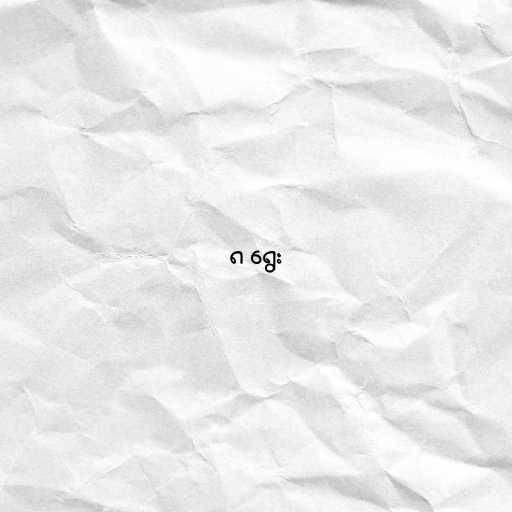
၈ ရွေး